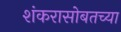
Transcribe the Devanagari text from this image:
शंकरासोबतच्या